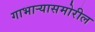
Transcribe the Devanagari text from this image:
गाभाऱ्यासमोरील